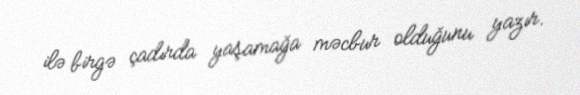
ilə birgə çadırda yaşamağa məcbur olduğunu yazır.